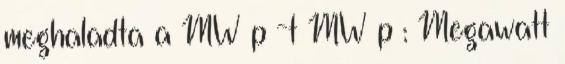
meghaladta a MW p -t MW p : Megawatt